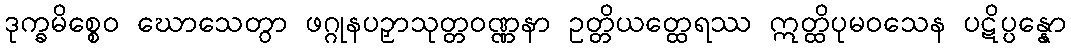
ဒုက္ခမိစ္စေဝ ဃောသေတွာ ဖဂ္ဂုနပဉှာသုတ္တဝဏ္ဏနာ ဥတ္တိယတ္ထေရဿ ဣတ္ထိပုမဝသေန ပဋိပ္ပန္နော